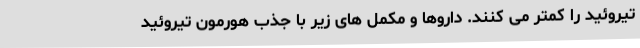
تیروئید را کمتر می کنند. داروها و مکمل های زیر با جذب هورمون تیروئید